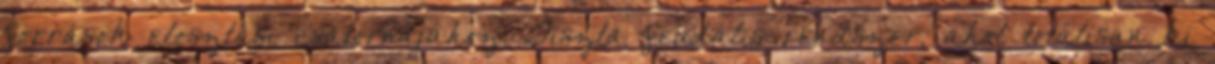
források elosztási csatornájához. Tiszta feudális rendszer, ahol totálisan ki